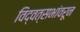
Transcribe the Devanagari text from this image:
विद्वत्सभांवरून